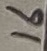
Text: 16